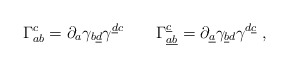
\begin{align*}\Gamma^c_{ab} = \partial_a \gamma_{b \underline d}\gamma^{\underline d c} \qquad\Gamma^{\underline c}_{\underline a \underline b} = \partial_{\underline a}\gamma_{\underline b d}\gamma^{d \underline c} \ ,\end{align*}